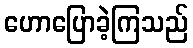
ဟောပြောခဲ့ကြသည်